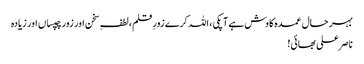
بہر حال عمدہ کاوش ہے آپکی ، اللہ کرے زورِ قلم ،لطفِ سخن اور زور چپساں اور زیادہ
ناصر علی بھائی!